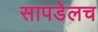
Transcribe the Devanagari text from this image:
सापडेलच